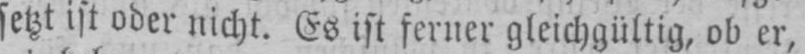
setzt ist oder nicht. Es ist ferner gleichgültig, ob er,